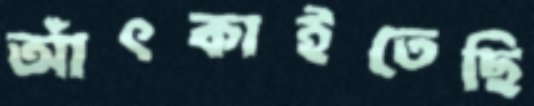
আঁৎকাইতেছি